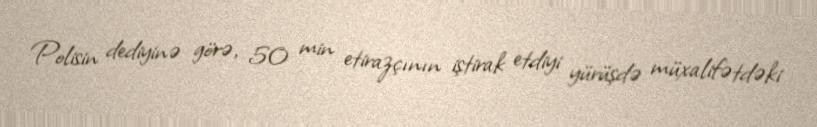
Polisin dediyinə görə, 50 min etirazçının iştirak etdiyi yürüşdə müxalifətdəki